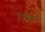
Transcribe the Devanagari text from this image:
ईएफ़